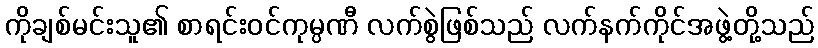
ကိုချစ်မင်းသူ၏ စာရင်းဝင်ကုမ္ပဏီ လက်စွဲဖြစ်သည် လက်နက်ကိုင်အဖွဲ့တို့သည်